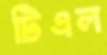
টিএল